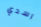
اسدي